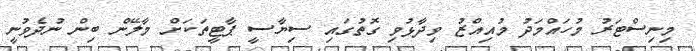
މިނިސްޓަރު މުހައްމަދު މުއިއްޒު ވިދާޅުވި ގޮތުގައި ސިޔާސީ ޕާޓީތަކަށް މާލޭން ބިން ނުދެވުނީ